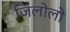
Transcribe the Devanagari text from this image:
जिलोलो